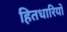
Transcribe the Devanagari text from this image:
हितधारियों